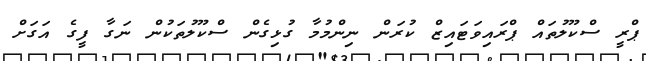
ޕްރީ ސްކޫލުތައް ޕްރައިވަޓައިޒް ކުރަން ނިންމުމާ ގުޅިގެން ސްކޫލުތަކުން ނަގާ ފީގެ އަގަށް